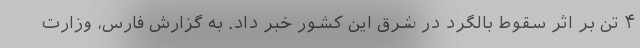
۴ تن بر اثر سقوط بالگرد در شرق این کشور خبر داد. به گزارش فارس، وزارت